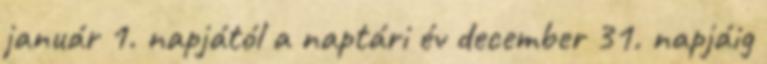
január 1. napjától a naptári év december 31. napjáig